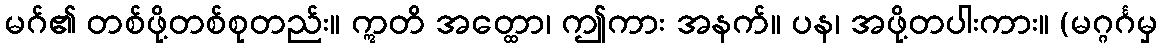
မဂ်၏ တစ်ဖို့တစ်စုတည်း။ ဣတိ အတ္ထော၊ ဤကား အနက်။ ပန၊ အဖို့တပါးကား။ (မဂ္ဂင်္ဂမှ